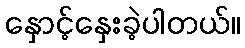
နှောင့်နှေးခဲ့ပါတယ်။